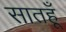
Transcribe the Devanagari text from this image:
सातहूँ